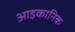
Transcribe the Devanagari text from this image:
आइकानिक